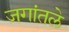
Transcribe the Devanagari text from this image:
जगांतले